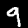
Digit: 9